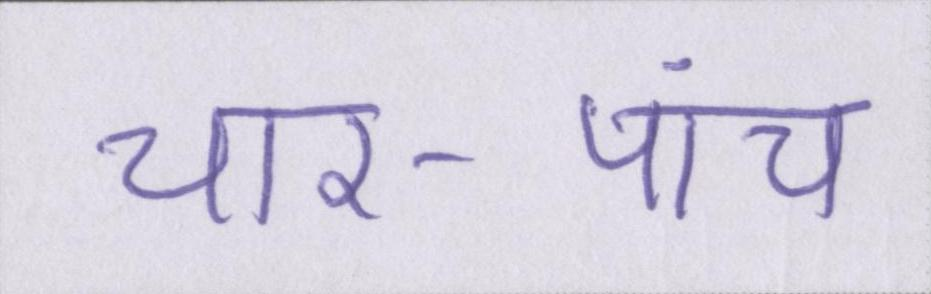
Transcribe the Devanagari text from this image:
चार-पांच